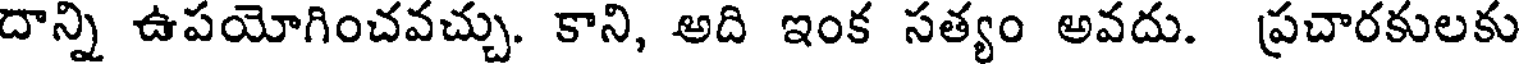
దాన్ని ఉపయోగించవచ్చు. కాని, అది ఇంక సత్యం అవదు. ప్రచారకులకు